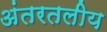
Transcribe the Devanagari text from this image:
अंतरतलीय